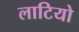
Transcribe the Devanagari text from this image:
लाटियो